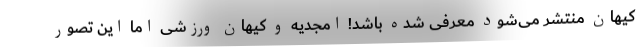
کیهان منتشر می‌شود معرفی شده باشد! امجدیه و کیهان ورزشی اما این تصور